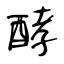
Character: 酵